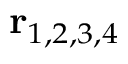
\mathbf { r } _ { 1 , 2 , 3 , 4 }